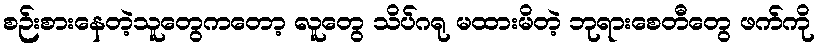
စဉ်းစားနေတဲ့သူတွေကတော့ လူတွေ သိပ်ဂရု မထားမိတဲ့ ဘုရားစေတီတွေ ဖက်ကို